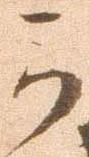
可